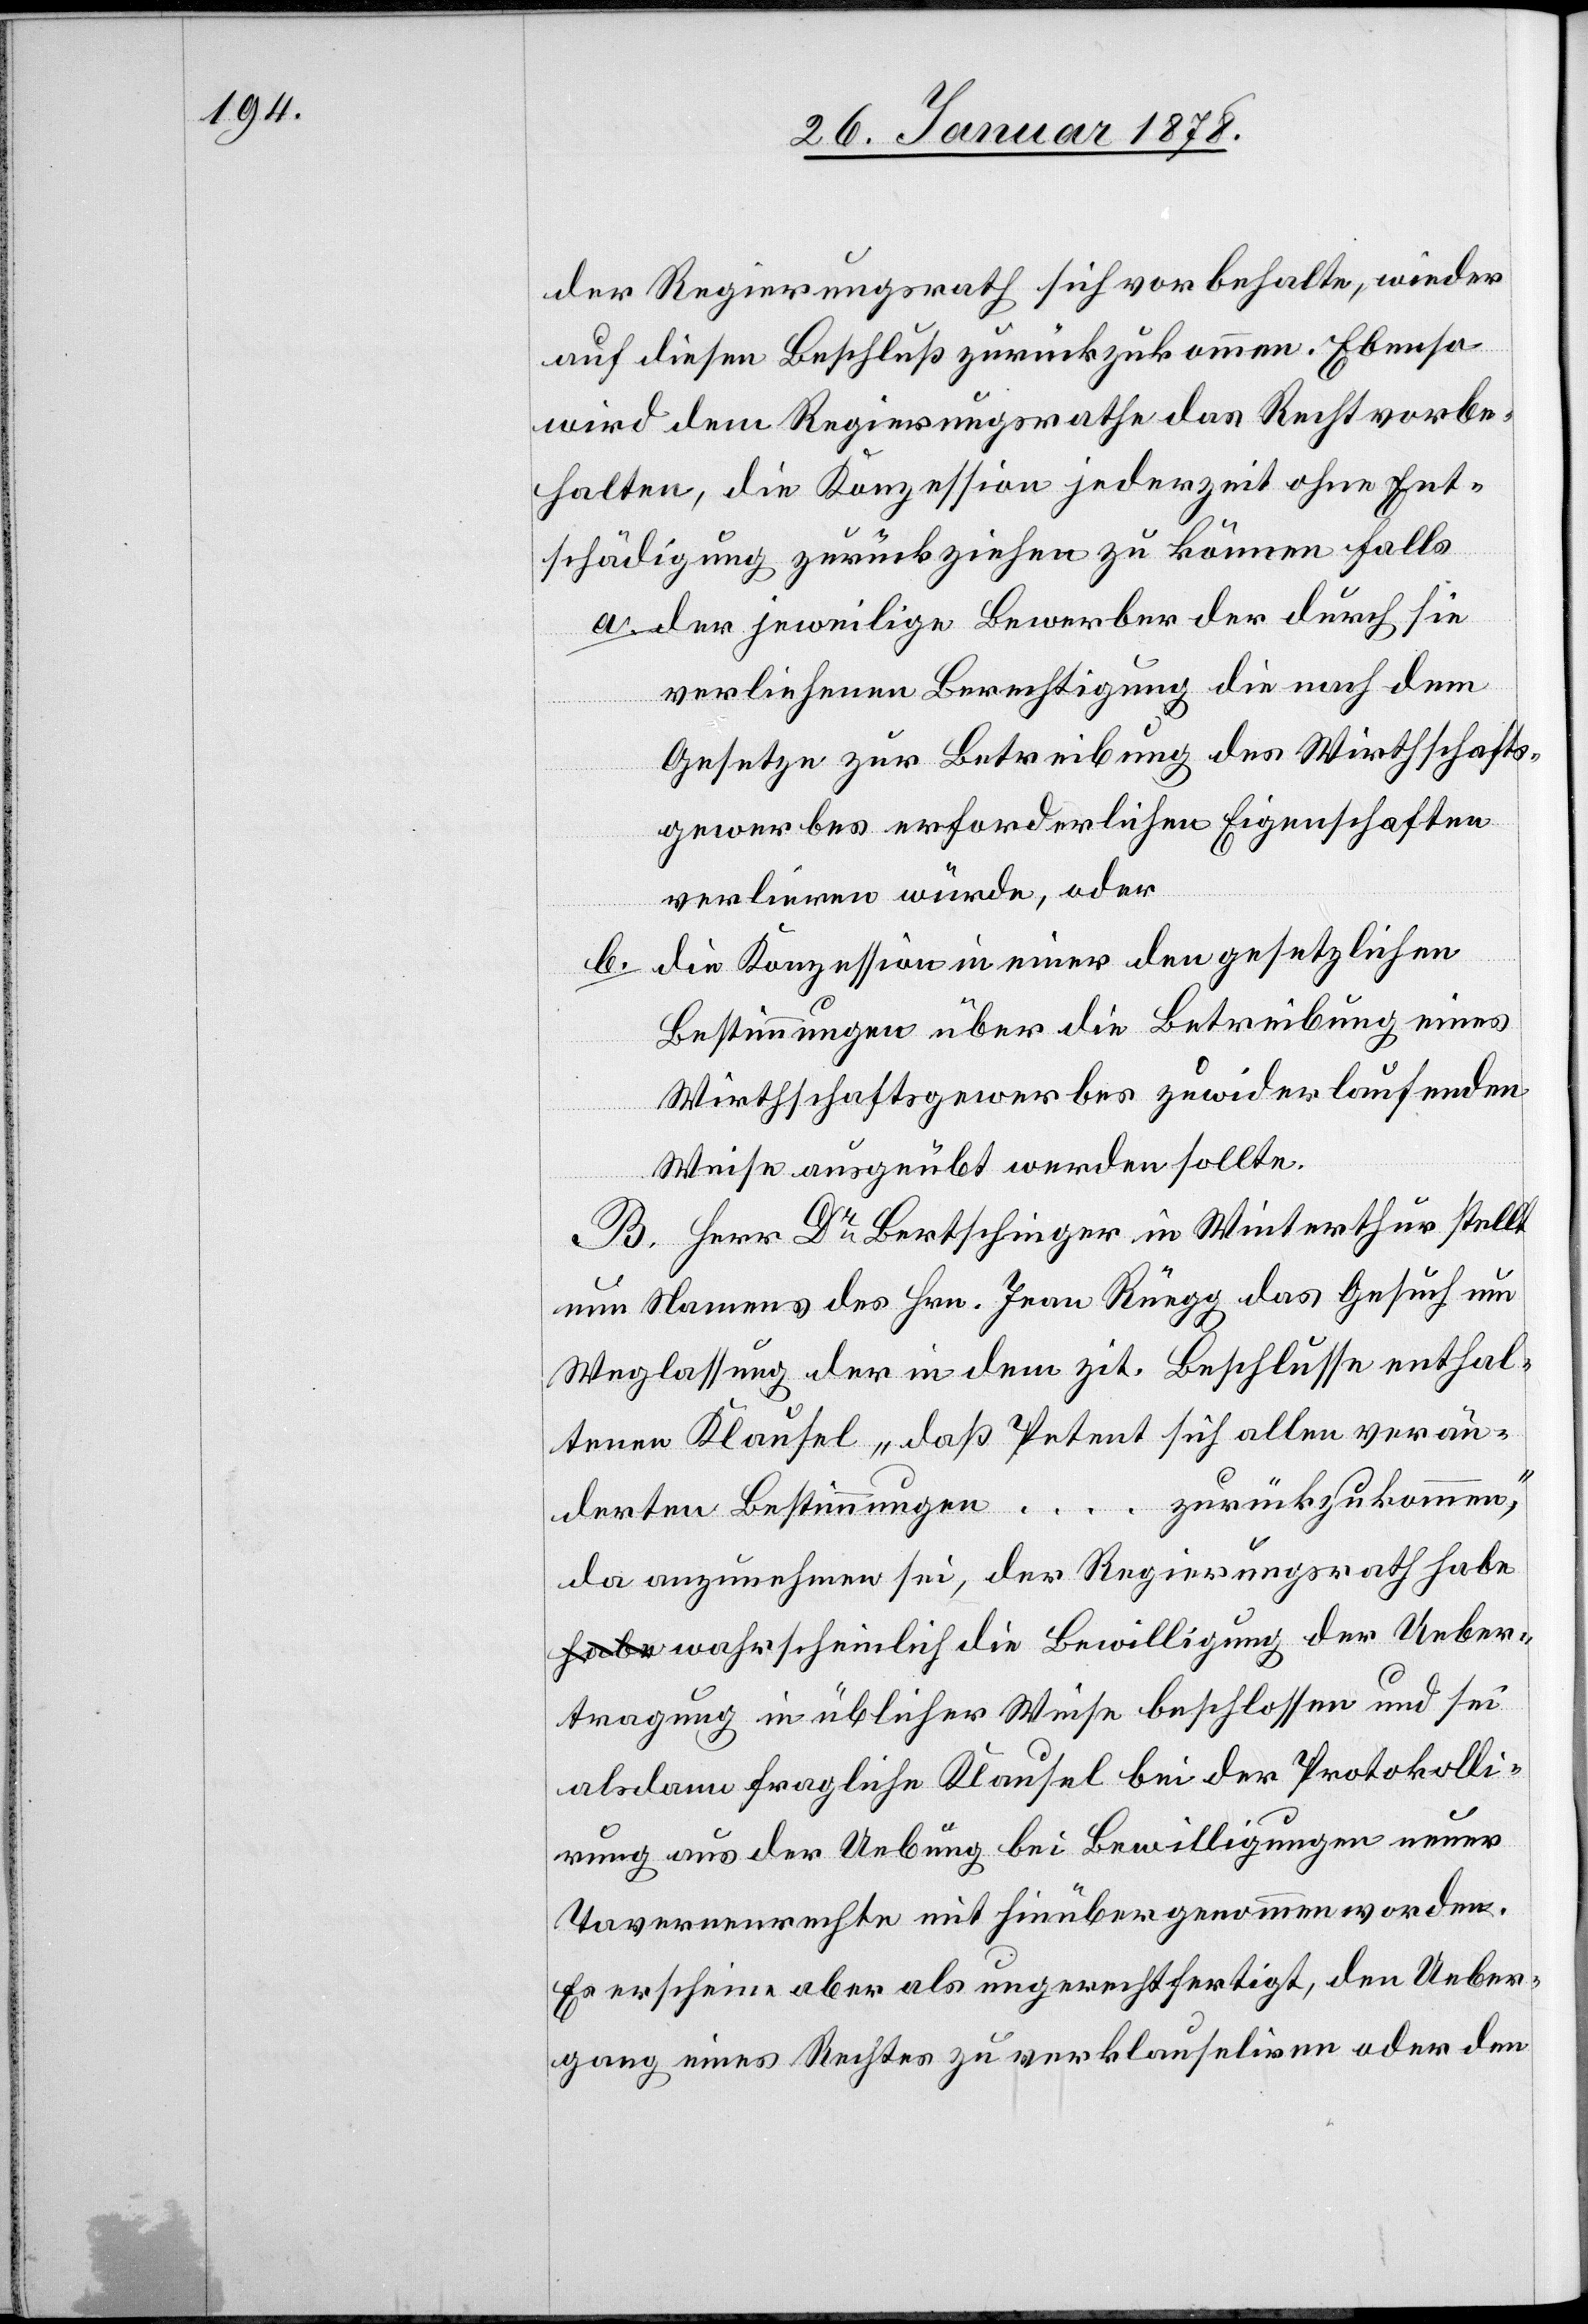
der Regierungsrath sich vorbehalte, wieder
auf diesen Beschluß zurückzukommen. Ebenso
wird dem Regierungsrathe das Recht vorbe¬
halten, die Konzession jederzeit ohne Ent¬
schädigung zurückziehen zu können falls
a. der jeweilige Bewerber der durch sie
verliehenen Berechtigung die nach dem
Gesetze zur Betreibung des Wirtschafts¬
gewerbes erforderlichen Eigenschaften
verlieren würde, oder
die Konzession in einer den gesetzlichen
b.
Bestimmungen über die Betreibung eines
Wirtschaftsgewerbes zuwiderlaufenden
Weise ausgeübt werden sollte.
B. Herr Dr. Bertschinger in Winterthur stellt
nun Namens des Hrn. Jean Rüegg das Gesuch um
Weglassung der in dem zit. Beschlusse enthal¬
tenen Klausel „daß Petent sich allen verän¬
zurückzukommen“,
derten Bestimmungen …
da anzunehmen sei, der Regierungsrath habe
wahrscheinlich die Bewilligung der Ueber¬
tragung in üblicher Weise beschlossen und sei
alsdann fragliche Klausel bei der Protokolli¬
rung aus der Uebung bei Bewilligungen neuer
Tavernenrechte mit hierübergenommen worden.
Es erscheine aber als ungerechtfertigt, den Ueber¬
gang eines Rechtes zu verklauseliren oder den